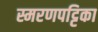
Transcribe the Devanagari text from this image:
स्मरणपट्टिका